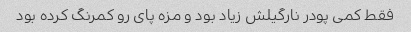
فقط کمی پودر نارگیلش زیاد بود و مزه پای رو کمرنگ کرده بود